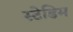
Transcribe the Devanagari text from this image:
स्टेडिम